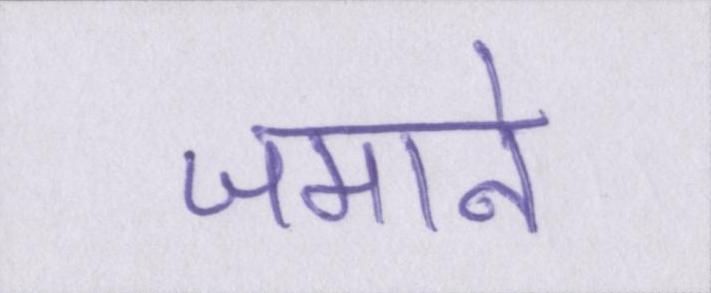
जमाने